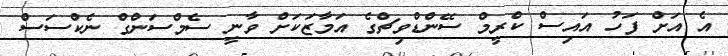
އެ އަށް ފަހު އައިސް ކްރީމް ސޭންޑްވިޗްގެ އަމާޒަކަށް ވާނީ ސެމްސަންގް ނެކްސަސް